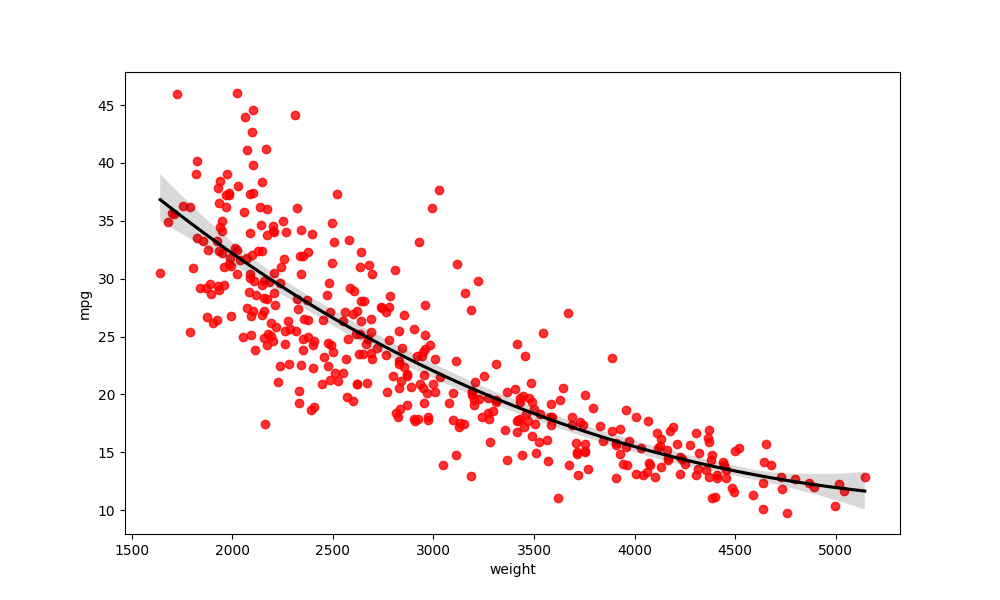
python, seaborn, regplot, order=3, ci=95, scatter_color=red, line_color=black